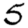
Digit: 5